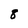
Character: 8